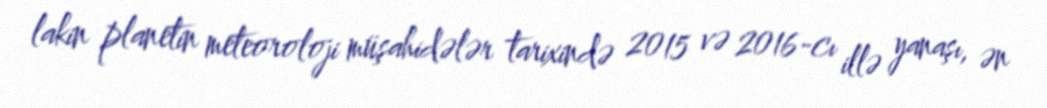
lakin planetin meteoroloji müşahidələr tarixində 2015 və 2016-cı illə yanaşı, ən